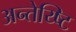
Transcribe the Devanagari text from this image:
अन्तेय्ष्टि